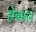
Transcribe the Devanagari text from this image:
होबसोन